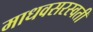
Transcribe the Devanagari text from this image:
माधवसरस्वती